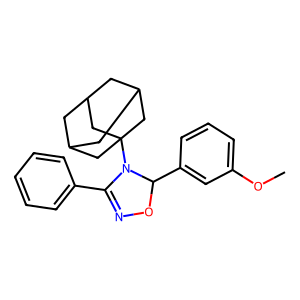
SMILES: COc1cccc(C2ON=C(c3ccccc3)N2C23CC4CC(CC(C4)C2)C3)c1
Inhibits HIV replication: No